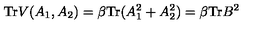
\mathrm { T r } V ( A _ { 1 } , A _ { 2 } ) = \beta \mathrm { T r } ( A _ { 1 } ^ { 2 } + A _ { 2 } ^ { 2 } ) = \beta \mathrm { T r } B ^ { 2 }